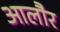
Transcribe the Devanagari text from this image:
आलौर